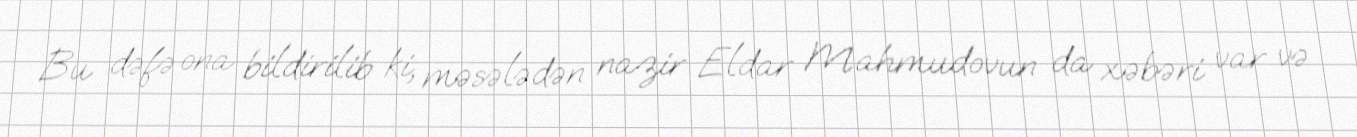
Bu dəfə ona bildirilib ki, məsələdən nazir Eldar Mahmudovun da xəbəri var və